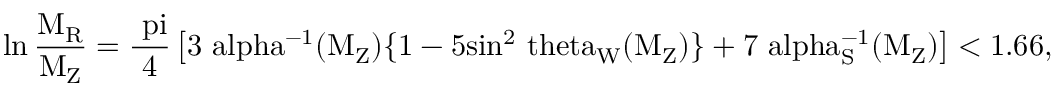
\ln \mathrm { { \frac { M _ { R } } { M _ { Z } } } = { \frac { \ p i } { 4 } } \left[ 3 \ a l p h a ^ { - 1 } ( M _ { Z } ) \{ 1 - 5 s i n ^ { 2 } \ t h e t a _ { W } ( M _ { Z } ) \} + 7 \ a l p h a _ { S } ^ { - 1 } ( M _ { Z } ) \right] < 1 . 6 6 , }